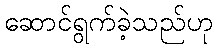
ဆောင်ရွက်ခဲ့သည်ဟု